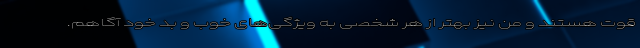
قوت هستند و من نیز بهتر از هر شخصی به ویژگی‌های خوب و بد خود آگاهم.